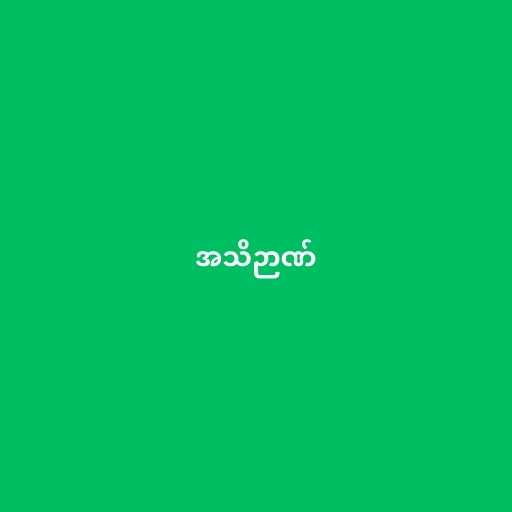
အသိဉာဏ်